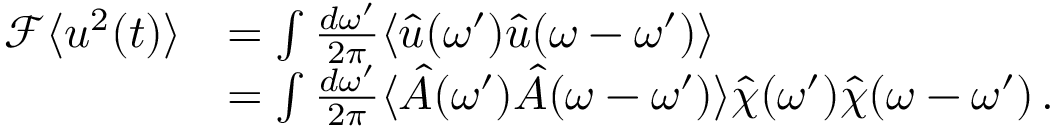
\begin{array} { r l } { \mathcal { F } \langle u ^ { 2 } ( t ) \rangle } & { = \int \frac { d \omega ^ { \prime } } { 2 \pi } \langle \hat { u } ( \omega ^ { \prime } ) \hat { u } ( \omega - \omega ^ { \prime } ) \rangle } \\ & { = \int \frac { d \omega ^ { \prime } } { 2 \pi } \langle \hat { A } ( \omega ^ { \prime } ) \hat { A } ( \omega - \omega ^ { \prime } ) \rangle \hat { \chi } ( \omega ^ { \prime } ) \hat { \chi } ( \omega - \omega ^ { \prime } ) \, . } \end{array}